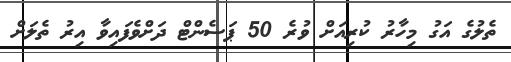
ތެލުގެ އަގު މިހާރު ކުރިއަށް ވުރެ 50 ޕަސެންޓް ދަށްވެފައިވާ އިރު ތެލަށް